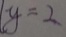
y = 2